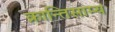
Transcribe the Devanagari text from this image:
क्रान्तिसाम्य